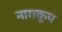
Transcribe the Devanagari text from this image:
नागकूप